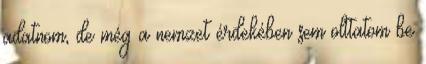
adatnom, de még a nemzet érdekében sem olttatom be